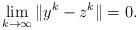
LaTeX: \begin{align*}\lim_{k \to \infty} \|y^k - z^k \| = 0.\end{align*}